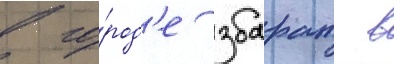
в го́род'е збараж в